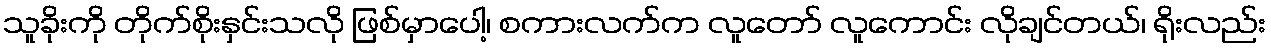
သူခိုးကို တိုက်စိုးနှင်းသလို ဖြစ်မှာပေါ့၊ စကားလက်က လူတော် လူကောင်း လိုချင်တယ်၊ ရိုးလည်း